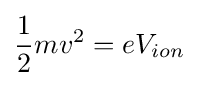
{\frac {1}{2}}mv^{2}=eV_{ion}